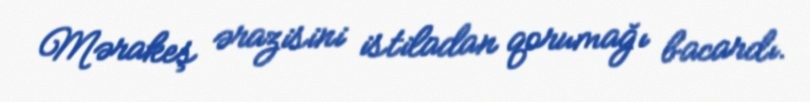
Mərakeş ərazisini istiladan qorumağı bacardı.